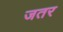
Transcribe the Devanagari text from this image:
जतर